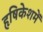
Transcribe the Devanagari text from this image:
हृषिकेशमें